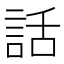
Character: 話